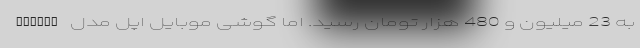
به 23 میلیون و 480 هزار تومان رسید. اما گوشی موبایل اپل مدل iPhone